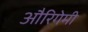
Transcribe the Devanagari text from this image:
औरिगेमी